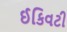
ઈકિવટી